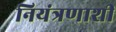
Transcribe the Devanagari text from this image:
नियंत्रणाशी